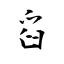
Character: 舀